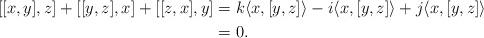
LaTeX: \begin{align*}[[x,y],z]+[[y,z],x]+[[z,x],y]&=k\langle x,[y,z]\rangle-i\langle x,[y,z]\rangle+j\langle x,[y,z]\rangle\\&=0.\end{align*}